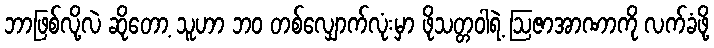
ဘာဖြစ်လို့လဲ ဆိုတော့ သူဟာ ဘဝ တစ်လျှောက်လုံးမှာ ဖိုသတ္တဝါရဲ့ ဩဇာအာဏာကို လက်ခံဖို့